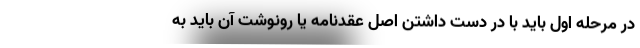
در مرحله اول باید با در دست داشتن اصل عقدنامه یا رونوشت آن باید به